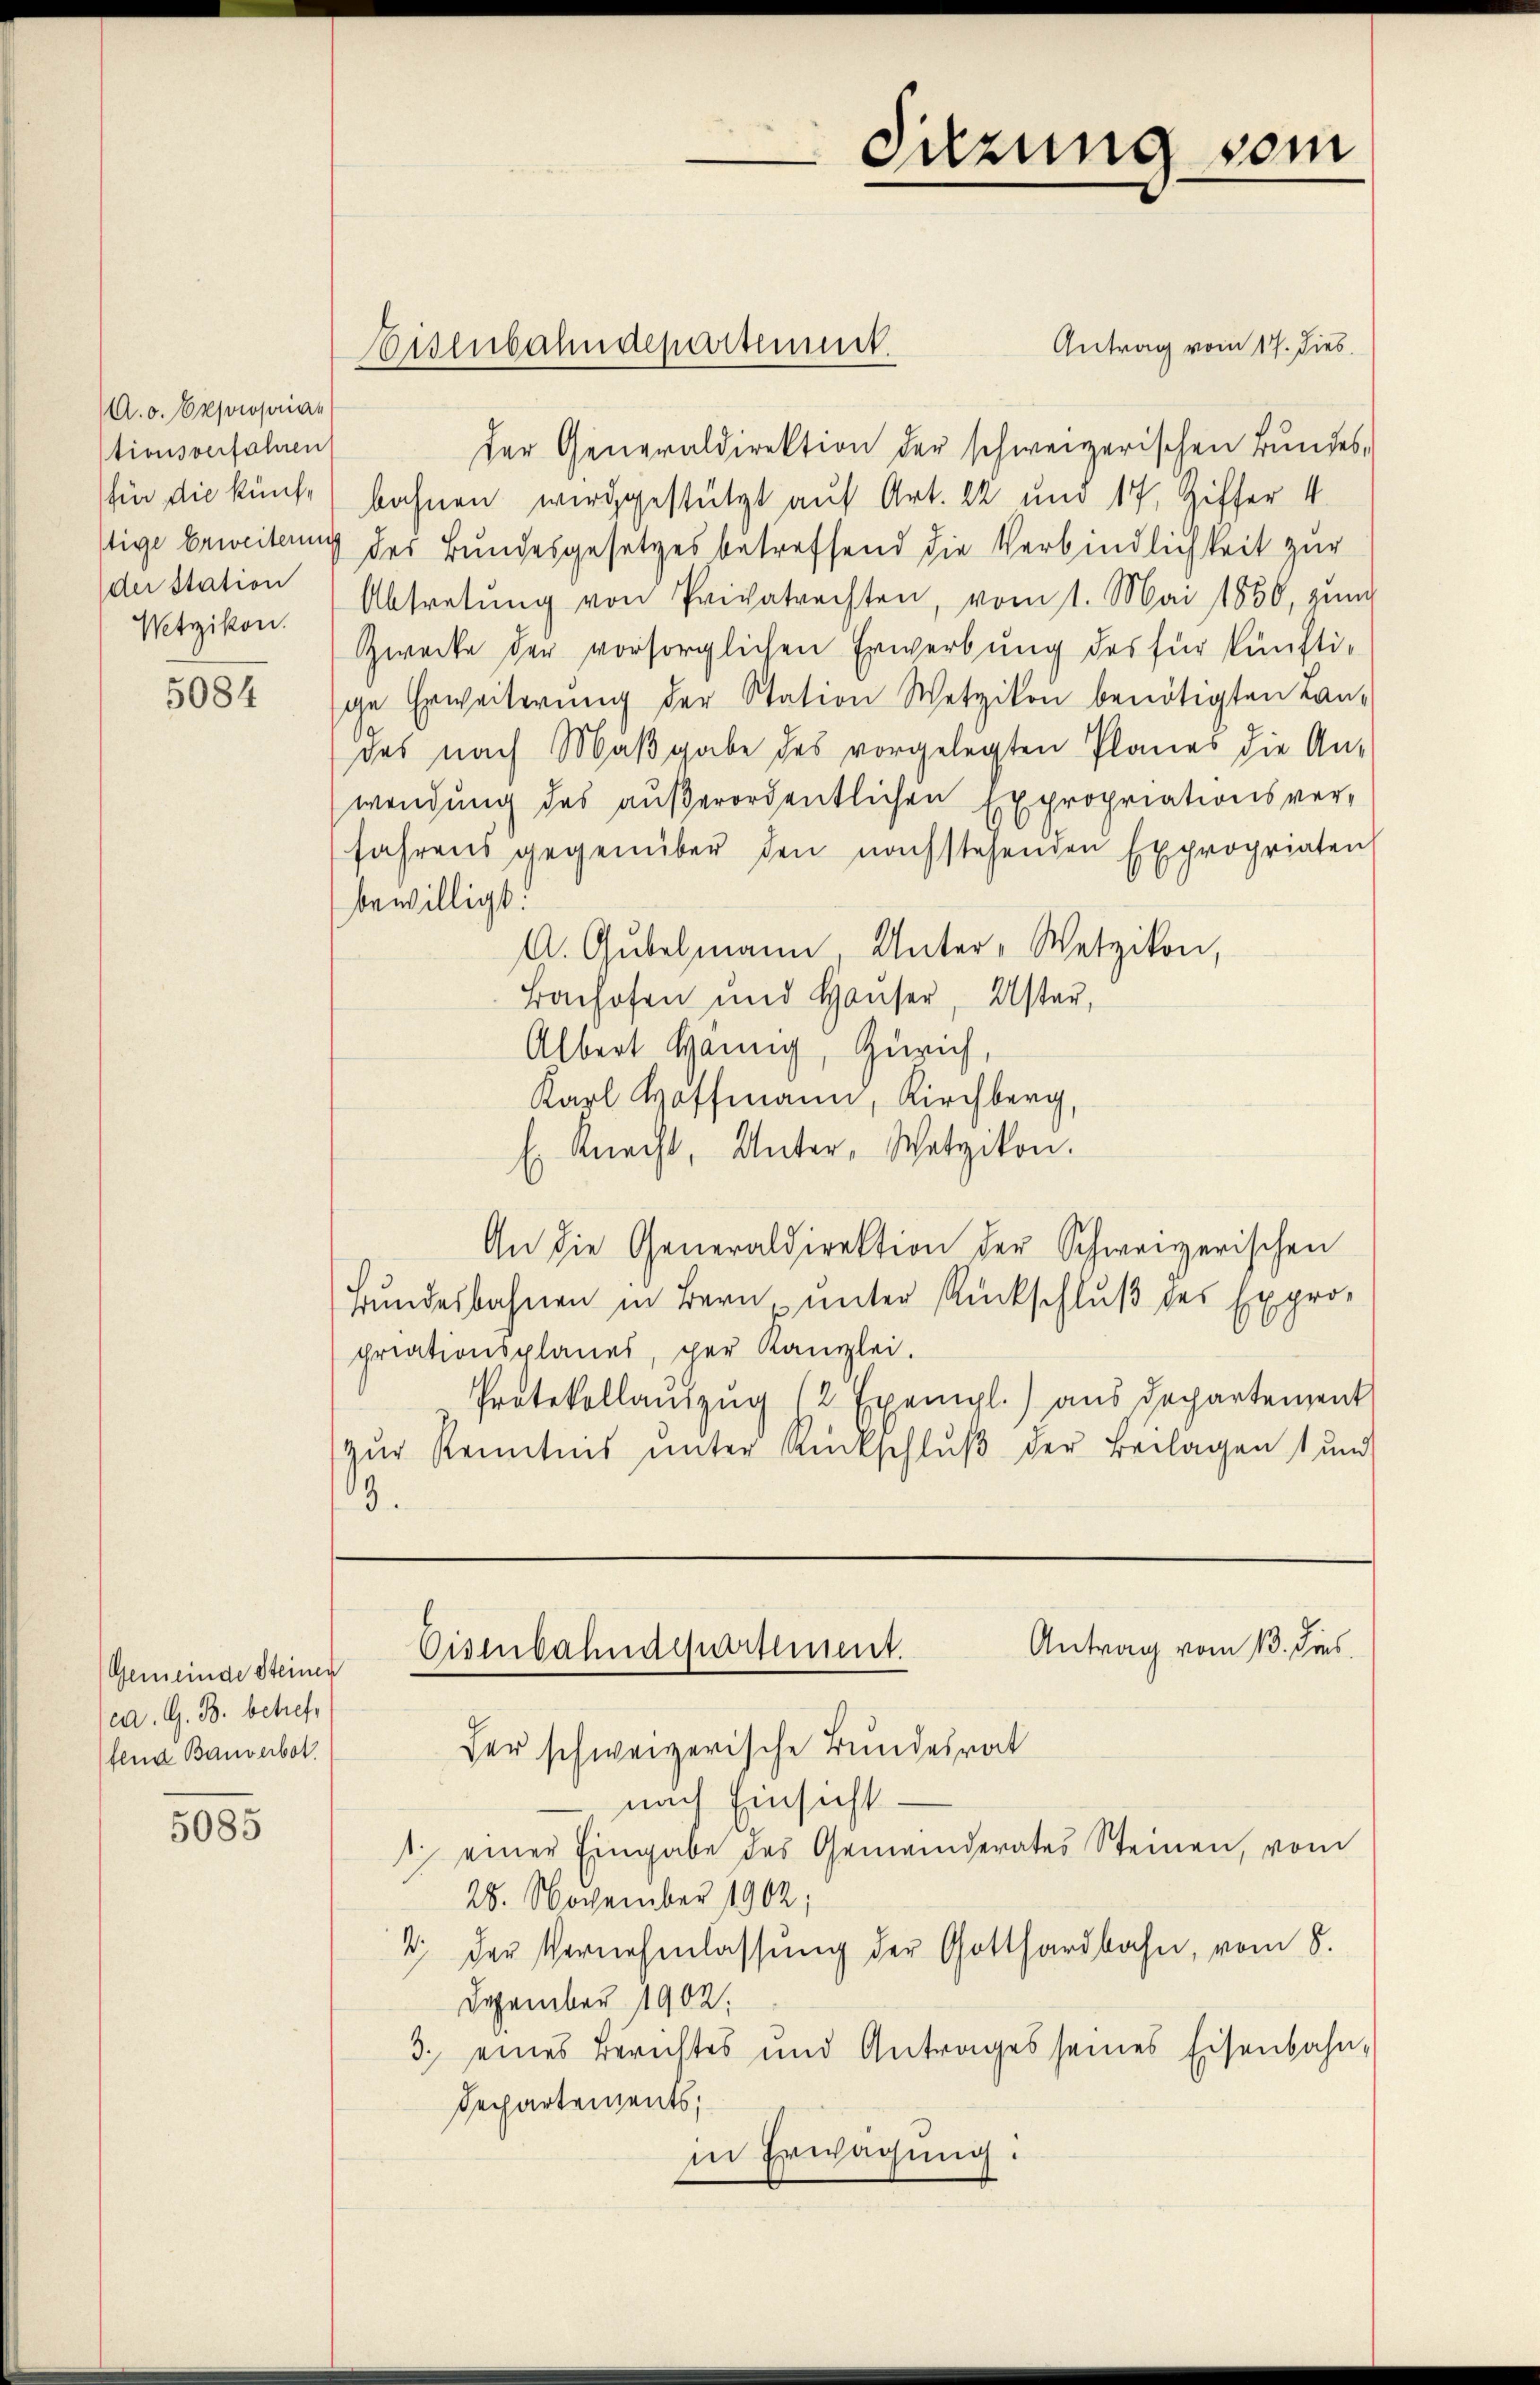
A. o. Exproprian
tionsverfahren
der Station
Wetzikon.

5084

Gemeinde Steiner
ca. G. B. betref
fend Bauverbot.

5085

Antrag vom 17. dies
der Generaldirektion der schweizerischen Bundes,
für die künft) bahnen wird gestützt auf Art. 22 und 17, Ziffer 4
stige Beweitung des Bundesgesetzes betreffend die Verbindlichkeit zur
Abtretŭng von Privatrechten, vom 1. Mai 1850, zun
Zwecke der vorsorglichen Erwerbung des für künftige Erweiterŭng der Station Wetzikon benötigten Lan-
des nach Maβgabe des vorgelegten Planes die An-
wendung des außerordentlichen Expropriationsverfahrens gegenüber den nachstehenden Expropriaten
bewilligt.
A. Gubelmann, Unter-Wetzikon,
Bachofen und Haŭser, Uster,
Albert Hannig, Zürich,
Karl Hoffmann, Kirchberg,
E Knecht, Unter-Wetzikon.
An die Generaldirektion der Schweizerischen
Bundesbahnen in Bern unter Rückschluß des Expro-
priationsplanes, per Kanzlei.
Protokollantzŭg (2 Exempl.) aus Departement
zŭr Kenntnis ŭnter Rückschlŭβ der Beilagen 1 und
13.

Eisenbahndepartement.

Sitzung vom

Antrag vom 13. dies
Eisenbahndepartement.

Der schweizerische Bundesrat
nach Einsicht
1 einer Eingabe des Gemeinderates Steinen, vom
28. November 1902;
2. der Vernehmlassung der Gotthardbahn, vom 8.
Dezember 1902.
3. eines Berichtes und Antrages seines Eisenbahn-
Dechartements,
in Erwägung: